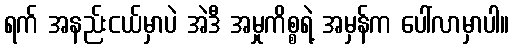
ရက် အနည်းငယ်မှာပဲ အဲဒီ အမှုကိစ္စရဲ့ အမှန်က ပေါ်လာမှာပါ။